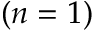
( n = 1 )